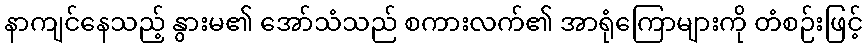
နာကျင်နေသည့် နွားမ၏ အော်သံသည် စကားလက်၏ အာရုံကြောများကို တံစဉ်းဖြင့်